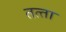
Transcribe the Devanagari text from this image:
तत्‍ता